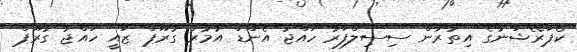
ކޯޕަރޭޝަނުގެ އިތުރުން ސިސިލްފަރު ހައްޖު އެންޑް އުމުރާ ގުރޫޕް ޒައީ ހައްޖު ގުރޫޕް